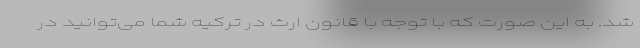
شد. به این صورت که با توجه با قانون ارث در ترکیه شما می‌توانید در